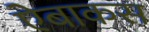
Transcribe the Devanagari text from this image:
ऐबाकस